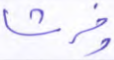
وفرشا